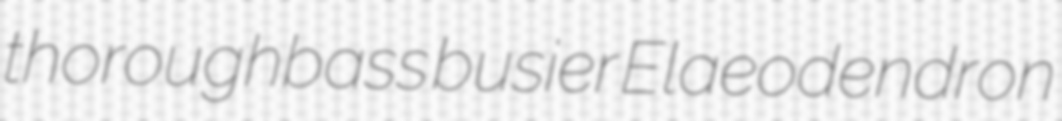
thoroughbass busier Elaeodendron